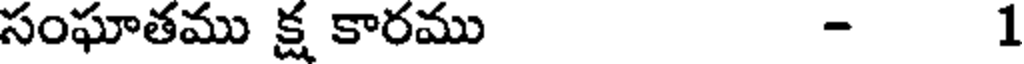
సంఘాతము క్ష కారము - 1